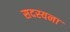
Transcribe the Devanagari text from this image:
सदस्यना